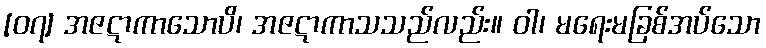
[၀၇] အဇဋာကာသောပိ၊ အဇဋာကာသသည်လည်း။ ဝါ၊ မရေးမခြစ်အပ်သော